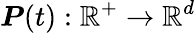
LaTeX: \boldsymbol{P}(t):\mathbb{R}^{+}\rightarrow\mathbb{R}^{d}